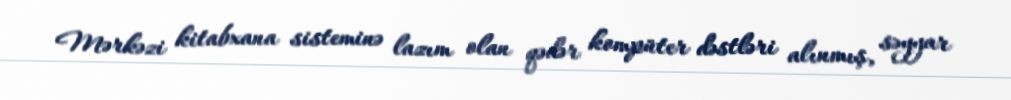
Mərkəzi kitabxana sisteminə lazım olan qədər kompüter dəstləri alınmış, səyyar